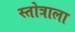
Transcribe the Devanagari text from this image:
स्तोत्राला